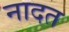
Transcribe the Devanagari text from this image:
नादत